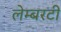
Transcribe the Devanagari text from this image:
लेम्बरटी